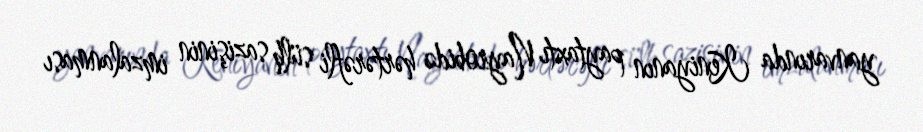
yanvarında Keniyanın paytaxtı Nayrobidə hərtərəfli sülh sazişinin imzalanması